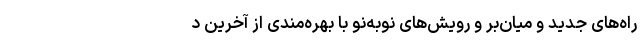
راه­های جدید و میان­بر و رویش­های نوبه‌نو با بهره­مندی از آخرین د